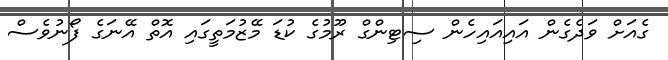
ގެއަށް ވަދެގެން އައިއައިހެން ސިޓިންގް ރޫމުގެ ކުޑަ މޭޒުމަތީގައި އޮތް އޭނަގެ ފޯނުވެސް